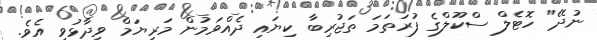
ނުދޭ" ހޮޓެލް ސްކޫލްގެ ފުރަތަމަ ތަޖުރިބާ ކިޔައި ދެއްވަމުން މަރިޔަމް ވިދާޅުވި އެވެ.